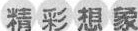
精彩想象